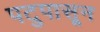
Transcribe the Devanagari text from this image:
पटुपासून